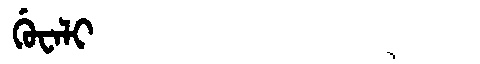
Manchu: ᡤᡠᠸᠠᠯᡳ
Romanization: GUWALI